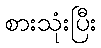
စားသုံးပြီး